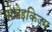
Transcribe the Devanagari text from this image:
मोजेइकिज्म